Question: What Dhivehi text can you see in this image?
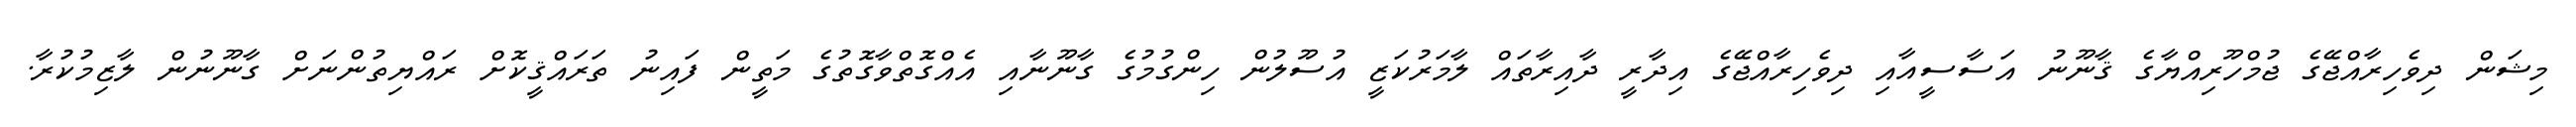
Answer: މިޝަން ދިވެހިރާއްޖޭގެ ޖުމްހޫރިއްޔާގެ ޤާނޫނު އަސާސީއާއި ދިވެހިރާއްޖޭގެ އިދާރީ ދާއިރާތައް ލާމަރުކަޒީ އުސޫލުން ހިންގުމުގެ ގާނޫނާއި އެއްގޮތްވާގޮތުގެ މަތީން ފައިނު ތަރައްޤީކޮށް ރައްޔިތުންނަށް ގާނޫނުން ލާޒިމުކުރާ.